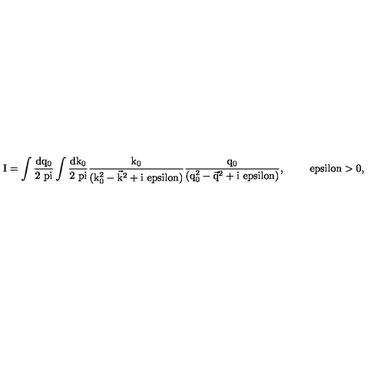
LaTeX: \mathrm { I = \int \frac { d q _ { 0 } } { 2 \ p i } \int \frac { d k _ { 0 } } { 2 \ p i } \frac { k _ { 0 } } { ( k _ { 0 } ^ { 2 } - \vec { k } ^ { 2 } + i \ e p s i l o n ) } \frac { q _ { 0 } } { ( q _ { 0 } ^ { 2 } - \vec { q } ^ { 2 } + i \ e p s i l o n ) } , \qquad \ e p s i l o n > 0 , }